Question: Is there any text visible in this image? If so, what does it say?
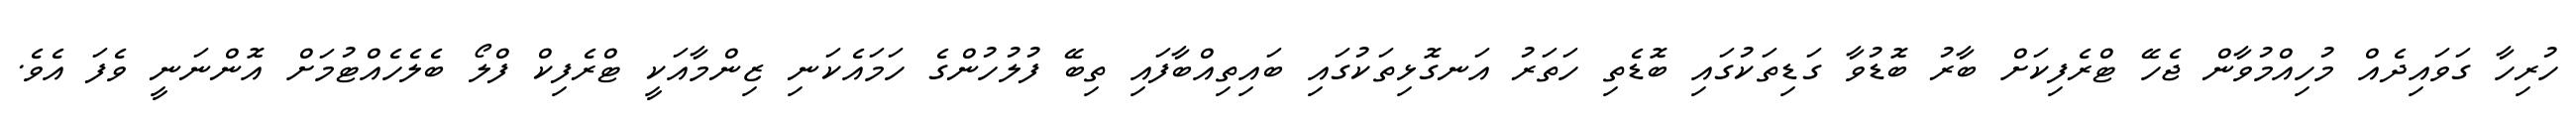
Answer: ހުރިހާ ގަވައިދެއް މުހިއްމުވާން ޖެހޭ ޓްރެފިކަށް ބާރު ބޮޑުވާ ގަޑިތަކުގައި ބޮޑެތި ހަތަރު އަނގޮޅިތަކުގައި ބައިތިއްބާފައި ތިބޭ ފުލުހުންގެ ހަމައެކަނި ޒިންމާއަކީ ޓްރެފިކް ފްލޯ ބެލެހެއްޓުމަށް އޮންނަނީ ވެފަ އެވެ.